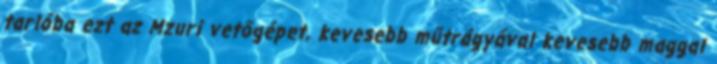
tarlóba ezt az Mzuri vetőgépet, kevesebb műtrágyával kevesebb maggal